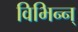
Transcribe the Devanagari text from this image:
विभिन्न्